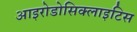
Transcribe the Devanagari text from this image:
आइरोडोसिक्लाइटिस